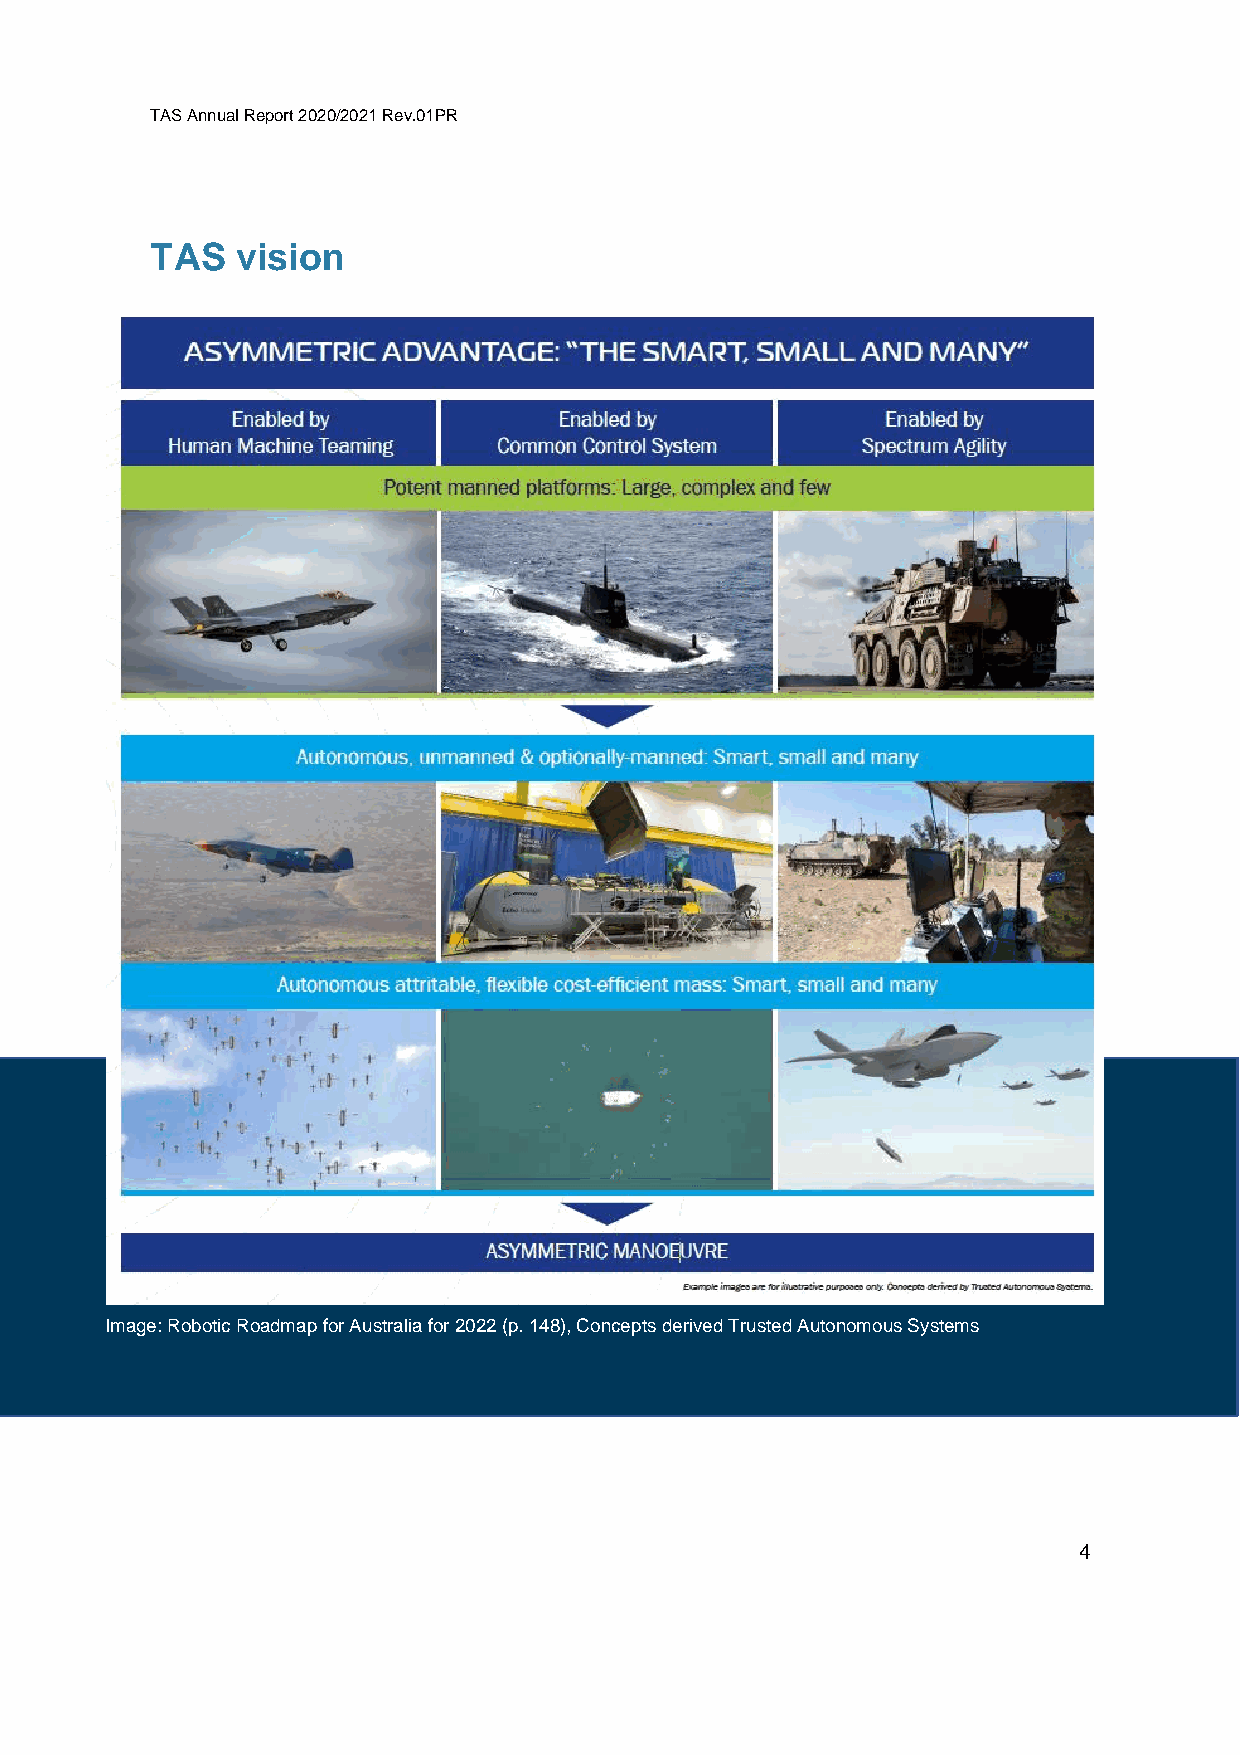
TAS Annual Report 2020/2021 Rev.01PR
 TAS   vision
 Image: Robotic Roadmap for Australia for 2022 (p. 148), Concepts derived Trusted Autonomous Systems
 4